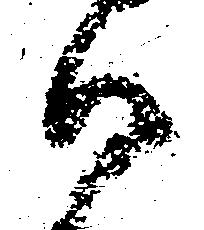
而